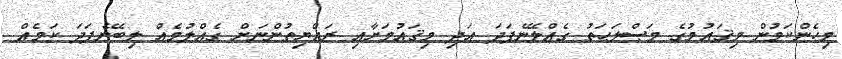
މިހެންކަމުން މިޤައުމުގެ މަޞްލަޙަތު ގެއްލޭނެފަދަ އަދި މިޤައުމަށާއި ރައްޔިތުންނަށް ގެއްލުމެއް ލިބޭނެފަދަ ކަމެއް